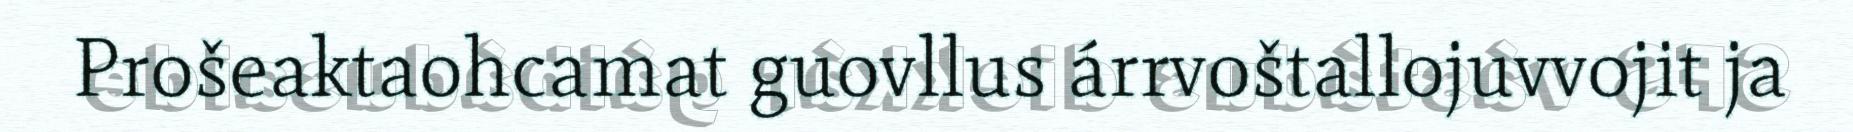
Prošeaktaohcamat guovllus árrvoštallojuvvojit ja